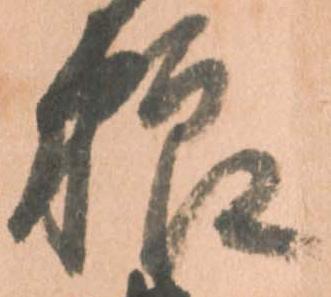
粮